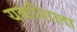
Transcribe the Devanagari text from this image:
यकशिला